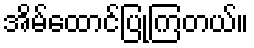
အိမ်ထောင်ပြုကြတယ်။